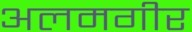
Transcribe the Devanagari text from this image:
अलमगीर